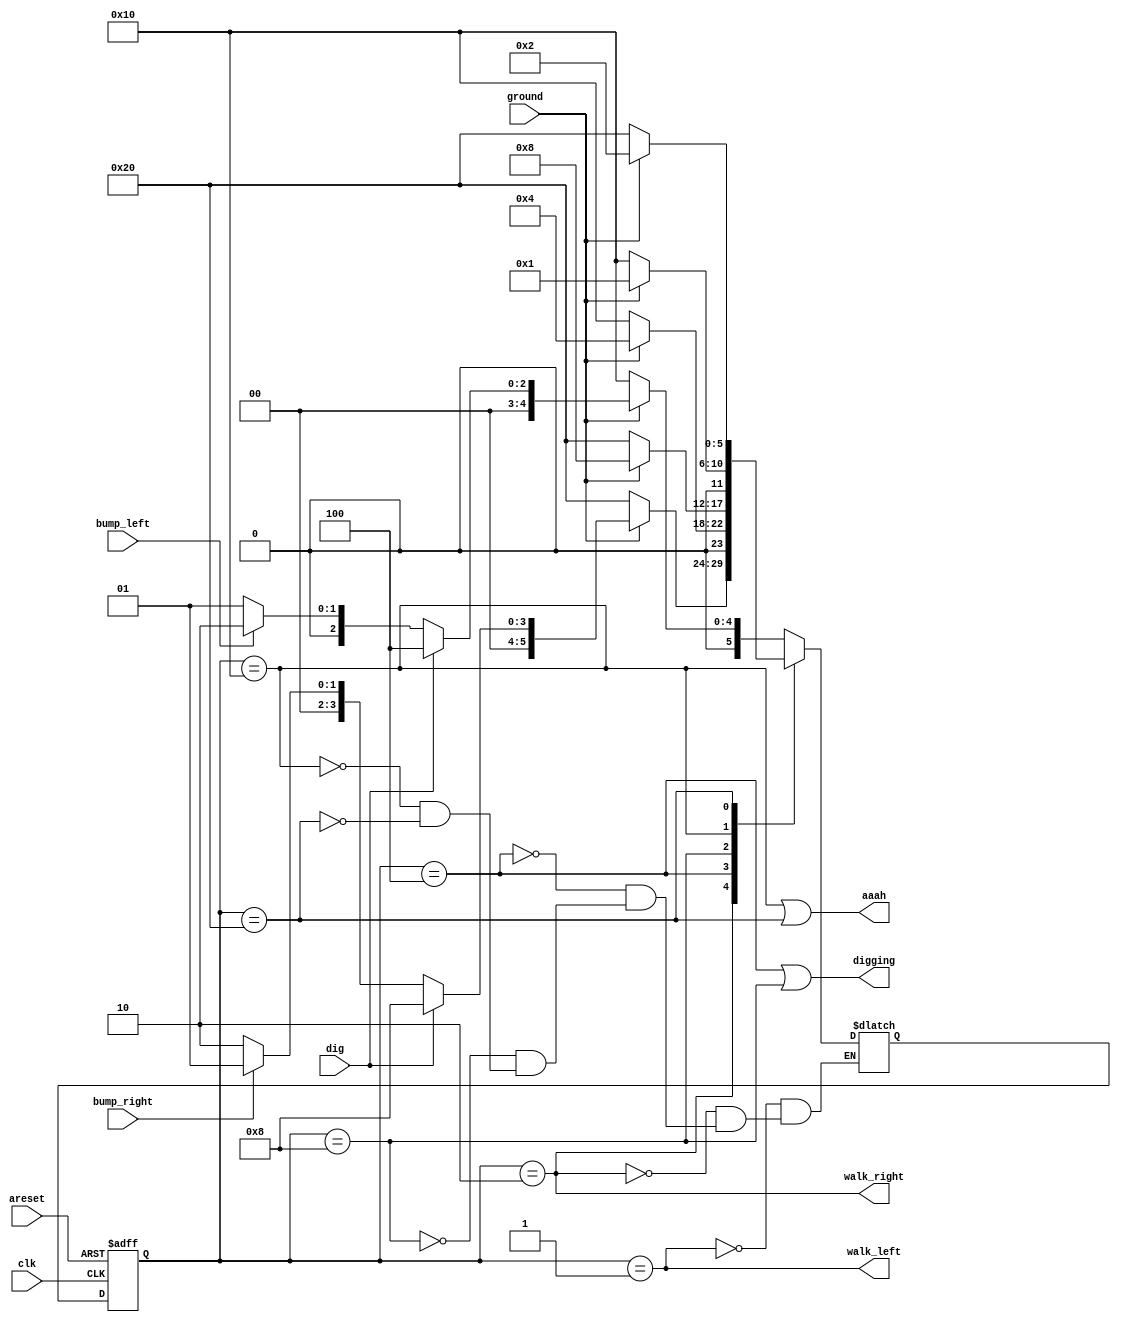
module top_module(
    input clk,
    input areset,    // Freshly brainwashed Lemmings walk left.
    input bump_left,
    input bump_right,
    input ground,
    input dig,
    output walk_left,
    output walk_right,
    output aaah,
    output digging ); 
    
    reg [5:0] state, next_state;
    parameter
    	Left = 6'b000001, Right = 6'b000010, left_Dig = 6'b000100, right_Dig = 6'b001000, left_Fall = 6'b010000, right_Fall = 6'b100000;
    
    always @ (posedge clk or posedge areset) begin
        if (areset)
            state <= Left;
        else
            state <= next_state;
    end
    
    always @ (*) begin
        case (state)
            Left: begin
                if (~ground)
                    next_state = left_Fall;
                else
                    next_state = dig?left_Dig:(bump_left?Right:Left);
            end
            
            Right: begin
                if (~ground)
                    next_state = right_Fall;
                else
                    next_state = dig?right_Dig:(bump_right?Left:Right);
            end
            
            left_Dig: begin
                if (~ground)
                    next_state = left_Fall;
                else
                    next_state = left_Dig;
            end
            
            right_Dig: begin
                if (~ground)
                    next_state = right_Fall;
                else
                    next_state = right_Dig;
            end
            
            left_Fall: begin
                if (~ground)
                    next_state = left_Fall;
                else
                    next_state = Left;
            end
            
            right_Fall: begin
                if (~ground)
                    next_state = right_Fall;
                else
                    next_state = Right;
            end
        endcase
    end
    
    assign walk_left = (state==Left);
    assign walk_right = (state==Right);
    assign aaah = (state==left_Fall) | (state==right_Fall);
    assign digging = (state==left_Dig) | (state==right_Dig);

endmodule

// 
// module top_module(
//     input clk,
//     input areset,    // Freshly brainwashed Lemmings walk left.
//     input bump_left,
//     input bump_right,
//     input ground,
//     input dig,
//     output walk_left,
//     output walk_right,
//     output aaah,
//     output digging ); 

//     reg [5:0] state;
//     parameter
//     	Left=6'b000001, Right=6'b000010, Right_full=6'b000100, Left_full=6'b001000, Right_dig=6'b010000, Left_dig=6'b100000;
    
//     always @(posedge clk or posedge areset) begin
//         if (areset) 
//             state <= Left;
//         else begin
//             case (state)
//                 Left: begin
//                     if (ground==0) 
//                         state <= Left_full;
//                 	else begin
//                         if (dig==1)
//                             state <= Left_dig;
//                         else begin
//                             if (bump_left==1)
//                                 state <= Right;
//                             else
//                                 state <= Left;
//                         end
//                     end
//                 end
//                 Right: begin
//                     if (ground==0)
//                         state <= Right_full;
//                 	else begin
//                         if (dig==1)
//                             state <= Right_dig;
//                         else begin
//                             if (bump_right==1)
//                                 state <= Left;
//                             else
//                                 state <= Right;
//                         end
//                     end
//                 end         
//                 Left_full: begin
//                     if (ground==0) 
//                         state <= Left_full;
//                     else begin
//                         state <= Left;
//                     end
//                 end
//                 Right_full: begin
//                     if (ground==0)
//                         state <= Right_full;
//                     else begin
//                         state <= Right;
//                     end
//                 end
//                 Left_dig: begin
//                     if (ground==0)
//                         state <= Left_full;
//                     else 
//                         state <= Left_dig;
//                 end
//                 Right_dig: begin
//                     if (ground==0)
//                         state <= Right_full;
//                     else 
//                         state <= Right_dig;
//                 end
//             endcase
//         end
//     end
    
//     assign walk_left = (state==Left)?1:0;
//     assign walk_right = (state==Right)?1:0;
//     assign aaah = (state==Left_full) | (state==Right_full);
//     assign digging = (state==Left_dig) | (state==Right_dig);
                            
// endmodule